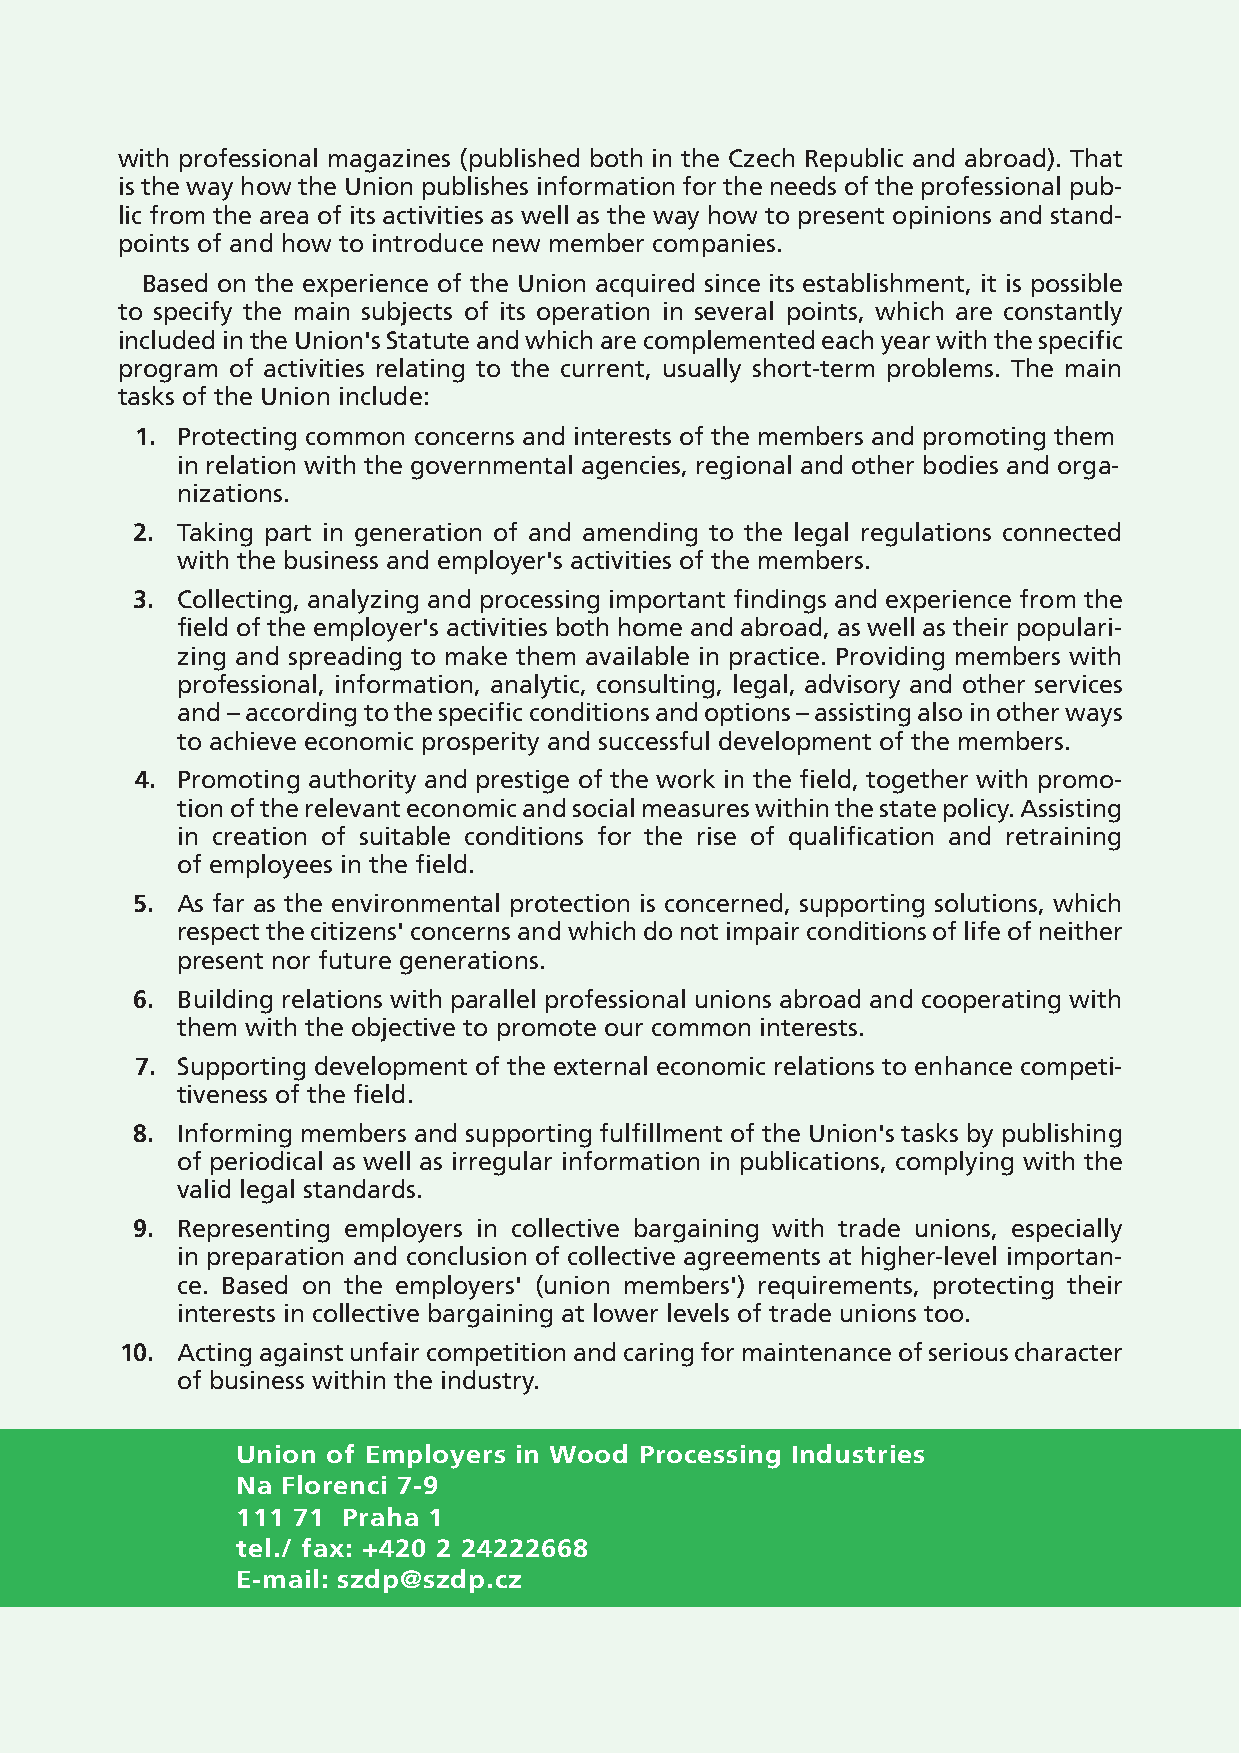
with professional magazines (published both in the Czech Republic and abroad). That
 is the way how the Union publishes information for the needs of the professional pub-
 lic from the area of its activities as well as the way how to present opinions and stand-
 points of and how to introduce new member companies.
 Based on the experience of the Union acquired since its establishment, it is possible
 to specify the main subjects of its operation in several points, which are constantly
 included in the Union's Statute and which are complemented each year with the specific
 program of activities relating to the current, usually short-term problems. The main
 tasks of the Union include:
 1. Protecting common concerns and interests of the members and promoting them
 in relation with the governmental agencies, regional and other bodies and orga-
 nizations.
 2. Taking part in generation of and amending to the legal regulations connected
 with the business and employer's activities of the members.
 3. Collecting, analyzing and processing important findings and experience from the
 field of the employer's activities both home and abroad, as well as their populari-
 zing and spreading to make them available in practice. Providing members with
 professional, information, analytic, consulting, legal, advisory and other services
 and – according to the specific conditions and options – assisting also in other ways
 to achieve economic prosperity and successful development of the members.
 4. Promoting authority and prestige of the work in the field, together with promo-
 tion of the relevant economic and social measures within the state policy. Assisting
 in creation of suitable conditions for the rise of qualification and retraining
 of employees in the field.
 5. As far as the environmental protection is concerned, supporting solutions, which
 respect the citizens' concerns and which do not impair conditions of life of neither
 present nor future generations.
 6. Building relations with parallel professional unions abroad and cooperating with
 them with the objective to promote our common interests.
 7. Supporting development of the external economic relations to enhance competi-
 tiveness of the field.
 8. Informing members and supporting fulfillment of the Union's tasks by publishing
 of periodical as well as irregular information in publications, complying with the
 valid legal standards.
 9. Representing employers in collective bargaining with trade unions, especially
 in preparation and conclusion of collective agreements at higher-level importan-
 ce. Based on the employers' (union members') requirements, protecting their
 interests in collective bargaining at lower levels of trade unions too.
 10. Acting against unfair competition and caring for maintenance of serious character
 of business within the industry.
 Union of Employers in Wood Processing Industries
 Na Florenci 7-9
 111 71 Praha 1
 tel./ fax: +420 2 24222668
 E-mail: szdp@szdp.cz